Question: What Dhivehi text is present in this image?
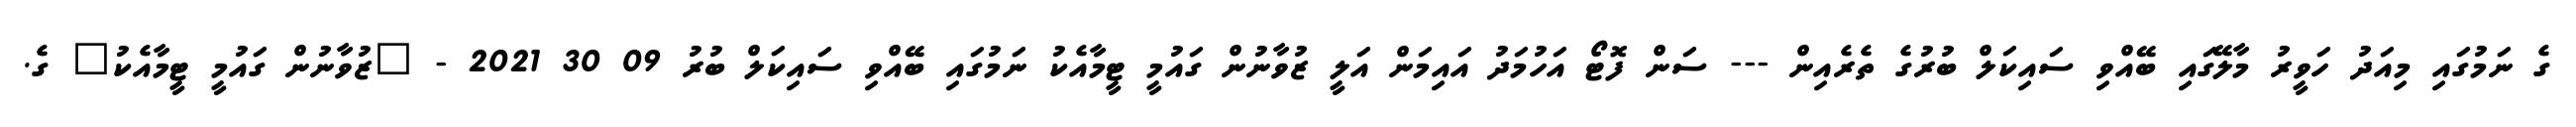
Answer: ގެ ނަމުގައި މިއަދު ހަވީރު މާލޭގައި ބޭއްވި ސައިކަލް ބުރުގެ ތެރެއިން --- ސަން ފޮޓޯ އަހުމަދު އައިމަން އަލީ ޒުވާނުން ގައުމީ ޓީމާއެކު ނަމުގައި ބޭއްވި ސައިކަލް ބުރު 09 30 2021 - "ޒުވާނުން ގައުމީ ޓީމާއެކު" ގެ.